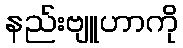
နည်းဗျူဟာကို